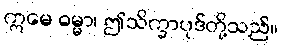
ဣမေ ဓမ္မာ၊ ဤသိက္ခာပုဒ်တို့သည်။